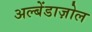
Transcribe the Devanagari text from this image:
अल्बेंडाज़ोल